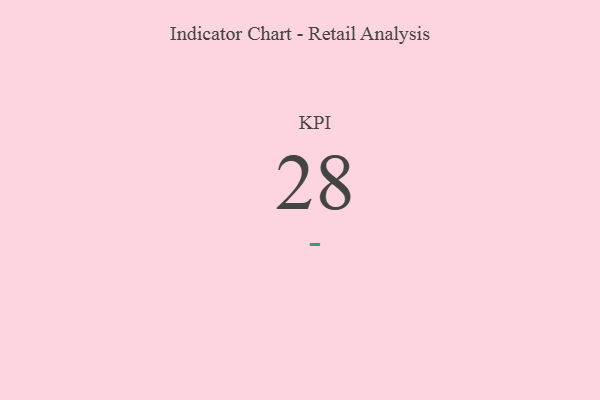
{"axis": {"x": "KPI", "y": "Value"}, "legend": [""], "data": [{"x": "KPI", "y": 28, "type": ""}]}